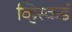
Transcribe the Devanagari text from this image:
व्हिस्कर्ड